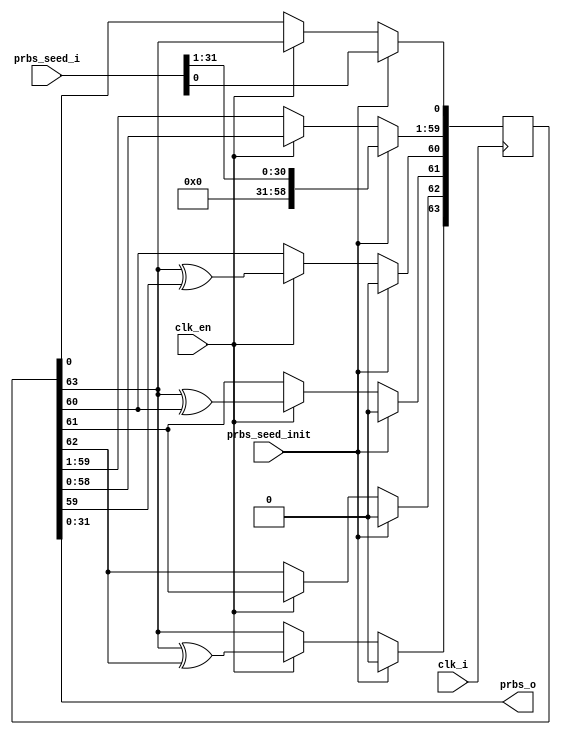
module mig_7series_v2_3_cmd_prbs_gen #
  (
   parameter TCQ           = 100,
   parameter FAMILY     = "SPARTAN6",
   parameter MEM_BURST_LEN = 8,
   parameter ADDR_WIDTH = 29,
   parameter DWIDTH     = 32,
   parameter PRBS_CMD   = "ADDRESS", 
   parameter PRBS_WIDTH = 64,          
   parameter SEED_WIDTH = 32,           
   parameter PRBS_EADDR_MASK_POS = 32'hFFFFD000,
   parameter PRBS_SADDR_MASK_POS =  32'h00002000,
   parameter PRBS_EADDR  = 32'h00002000,
   parameter PRBS_SADDR  = 32'h00002000
   )
  (
   input         clk_i,
   input         prbs_seed_init,  
   input         clk_en,
   input [SEED_WIDTH-1:0]  prbs_seed_i,
   output[SEED_WIDTH-1:0]  prbs_o     
  );
wire[ADDR_WIDTH - 1:0] ZEROS;
reg [SEED_WIDTH - 1:0] prbs;
reg [PRBS_WIDTH :1] lfsr_q;
assign ZEROS = 'b0;
function integer logb2;
  input integer number;
  integer i;
  begin
    i = number;
      for(logb2=1; i>0; logb2=logb2+1)
        i = i >> 1;
  end
endfunction
generate
  if(PRBS_CMD == "ADDRESS" && PRBS_WIDTH == 64) 
  begin :gen64_taps
    always @ (posedge clk_i) begin
      if(prbs_seed_init) begin
        lfsr_q <= #TCQ {31'b0,prbs_seed_i};
      end else if(clk_en) begin
        lfsr_q[64] <= #TCQ lfsr_q[64] ^ lfsr_q[63];
        lfsr_q[63] <= #TCQ lfsr_q[62];
        lfsr_q[62] <= #TCQ lfsr_q[64] ^ lfsr_q[61];
        lfsr_q[61] <= #TCQ lfsr_q[64] ^ lfsr_q[60];
        lfsr_q[60:2] <= #TCQ lfsr_q[59:1];
        lfsr_q[1] <= #TCQ lfsr_q[64];
      end
    end
    always @(lfsr_q[32:1]) begin
      prbs = lfsr_q[32:1];
    end
  end
else  if(PRBS_CMD == "ADDRESS" && PRBS_WIDTH == 32) 
  begin :gen32_taps
    always @ (posedge clk_i) begin
      if(prbs_seed_init) begin 
        lfsr_q <= #TCQ {prbs_seed_i};
      end else if(clk_en) begin
        lfsr_q[32:9] <= #TCQ lfsr_q[31:8];
        lfsr_q[8]    <= #TCQ lfsr_q[32] ^ lfsr_q[7];
        lfsr_q[7]    <= #TCQ lfsr_q[32] ^ lfsr_q[6];
        lfsr_q[6:4]  <= #TCQ lfsr_q[5:3];
        lfsr_q[3]    <= #TCQ lfsr_q[32] ^ lfsr_q[2];
        lfsr_q[2]    <= #TCQ lfsr_q[1] ;
        lfsr_q[1]    <= #TCQ lfsr_q[32];
      end
    end
    integer i;
    always @(lfsr_q[32:1]) begin
     if (FAMILY == "SPARTAN6" ) begin  
      for(i = logb2(DWIDTH) + 1; i <= SEED_WIDTH - 1; i = i + 1)
       if(PRBS_SADDR_MASK_POS[i] == 1)
          prbs[i] = PRBS_SADDR[i] | lfsr_q[i+1];
       else if(PRBS_EADDR_MASK_POS[i] == 1)
          prbs[i] = PRBS_EADDR[i] & lfsr_q[i+1];
       else
          prbs[i] =  lfsr_q[i+1];
       prbs[logb2(DWIDTH )  :0] = {logb2(DWIDTH ) + 1{1'b0}};         
      end
    else begin
     for(i = logb2(MEM_BURST_LEN) - 2; i <= SEED_WIDTH - 1; i = i + 1)
       if(PRBS_SADDR_MASK_POS[i] == 1)
          prbs[i] = PRBS_SADDR[i] | lfsr_q[i+1];
       else if(PRBS_EADDR_MASK_POS[i] == 0)
          prbs[i] = PRBS_EADDR[i] & lfsr_q[i+1];
       else
          prbs[i] = 1'b0;
     prbs[logb2(MEM_BURST_LEN)-3:0] = 'b0;
    end  
  end  
end 
else
  begin :gen20_taps
    always @(posedge clk_i) begin
      if(prbs_seed_init) begin
        lfsr_q <= #TCQ {5'b0,prbs_seed_i[14:0]};
      end else if(clk_en) begin
        lfsr_q[20]   <= #TCQ lfsr_q[19];
        lfsr_q[19]   <= #TCQ lfsr_q[18];
        lfsr_q[18]   <= #TCQ lfsr_q[20] ^lfsr_q[17];
        lfsr_q[17:2] <= #TCQ lfsr_q[16:1];
        lfsr_q[1]    <= #TCQ lfsr_q[20];
      end
    end
    always @ (lfsr_q[SEED_WIDTH - 1:1], ZEROS) begin
        prbs = {ZEROS[SEED_WIDTH - 1:6],lfsr_q[6:1]};
    end
  end
endgenerate
assign prbs_o = prbs;
endmodule